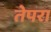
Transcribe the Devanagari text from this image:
तेपरा